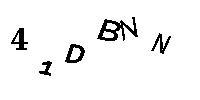
41DBNN